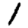
Digit: 1